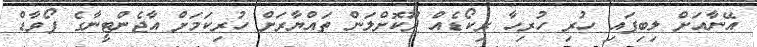
އޭނާއަށް ލިބިފައި ހުރި ހުރިހާ ރިކޯޑެއް ދޫކޮށްލަން ތައްޔާރަށް ހުރިކަމަށް އާޖެންޓީނާގެ ފޯވާޑް